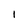
Character: I